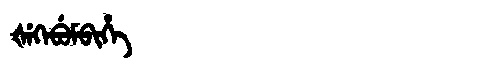
Manchu: ᡧᡝᡴᡝᠪᡠᠮᠪᡳᡥᡝ
Romanization: ŠEKEBUMBIHE